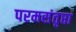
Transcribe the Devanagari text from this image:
परमसंतृप्ता